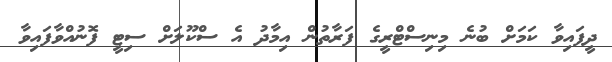
ދީފައިވާ ކަމަށް ބުނެ މިނިސްޓްރީގެ ފަރާތުން އިމާދު އެ ސްކޫލަށް ސިޓީ ފޮނުއްވާފައިވާ